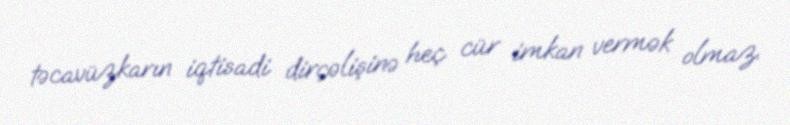
təcavüzkarın iqtisadi dirçəlişinə heç cür imkan vermək olmaz.